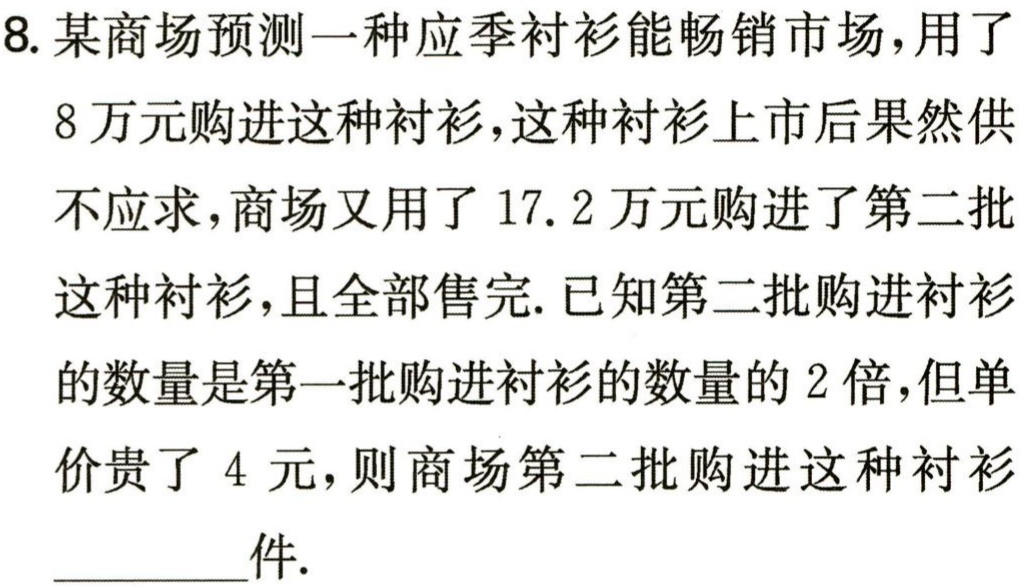
8. 某商场预测一种应季衬衫能畅销市场，用了

8 万元购进这种衬衫，这种衬衫上市后果然供

不应求，商场又用了 17. 2 万元购进了第二批

这种衬衫，且全部售完. 已知第二批购进衬衫

的数量是第一批购进衬衫的数量的 2 倍，但单

价贵了 4 元，则商场第二批购进这种衬衫

________件.